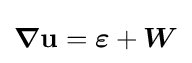
{\boldsymbol {\nabla }}\mathbf {u} ={\boldsymbol {\varepsilon }}+{\boldsymbol {W}}